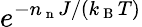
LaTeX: e^{-n_{\mathrm{~n~}}J/(k_{\mathrm{~B~}}T)}